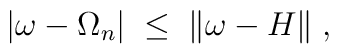
|\omega - \Omega_n| \;\leq\; \|\omega - H \|\;,